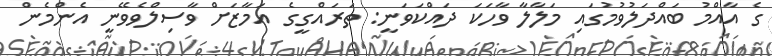
ގެ އާއްމު ބައްދަލުވުމުގައި މަލާލާ ވާހަކަ ދައްކަވަނީ: ތަރައްގީގެ އަމާޒަށް ވާސިލްވެވޭނީ އެންމެން